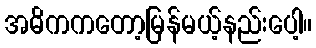
အဓိကကတော့မြန်မယ့်နည်းပေါ့။